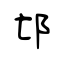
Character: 邙